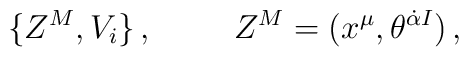
\{Z^{M},V_{i}\}\, ,\hspace{1cm}Z^{M}=(x^{\mu},\theta^{\dot{\alpha} I})\, ,